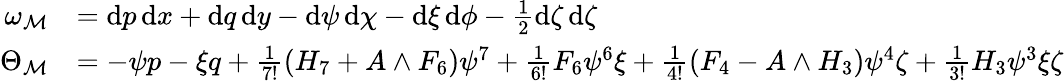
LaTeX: \begin{array}{rl}{\omega_{\mathcal{M}}}&{=\mathrm{d}p\, \mathrm{d}x+\mathrm{d}q\, \mathrm{d}y-\mathrm{d}\psi\, \mathrm{d}\chi-\mathrm{d}\xi\, \mathrm{d}\phi-\frac{1}{2}\mathrm{d}\zeta\, \mathrm{d}\zeta}\\ {\Theta_{\mathcal{M}}}&{=-\psi p-\xi q+\frac{1}{7!}(H_{7}+A\wedge F_{6})\psi^{7}+\frac{1}{6!}F_{6}\psi^{6}\xi+\frac{1}{4!}(F_{4}-A\wedge H_{3})\psi^{4}\zeta+\frac{1}{3!}H_{3}\psi^{3}\xi\zeta}\end{array}